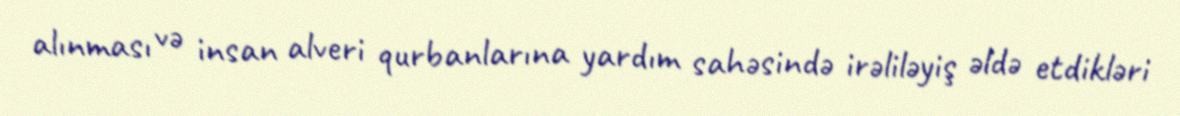
alınması və insan alveri qurbanlarına yardım sahəsində irəliləyiş əldə etdikləri